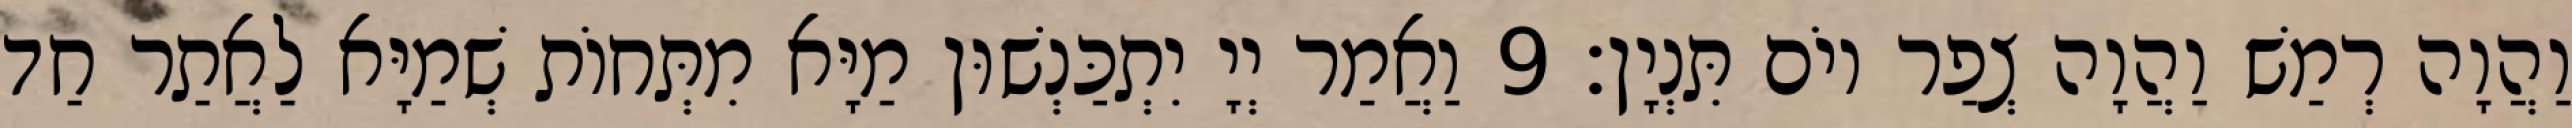
וַהֲוָה רְמַשׁ וַהֲוָה צְפַר יוֹם תִּנְיָן׃ 9 וַאֲמַר יְיָ יִתְכַּנְשׁוּן מַיָּא מִתְּחוֹת שְׁמַיָּא לַאֲתַר חַד